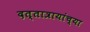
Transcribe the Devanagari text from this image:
दत्तात्रायांच्या